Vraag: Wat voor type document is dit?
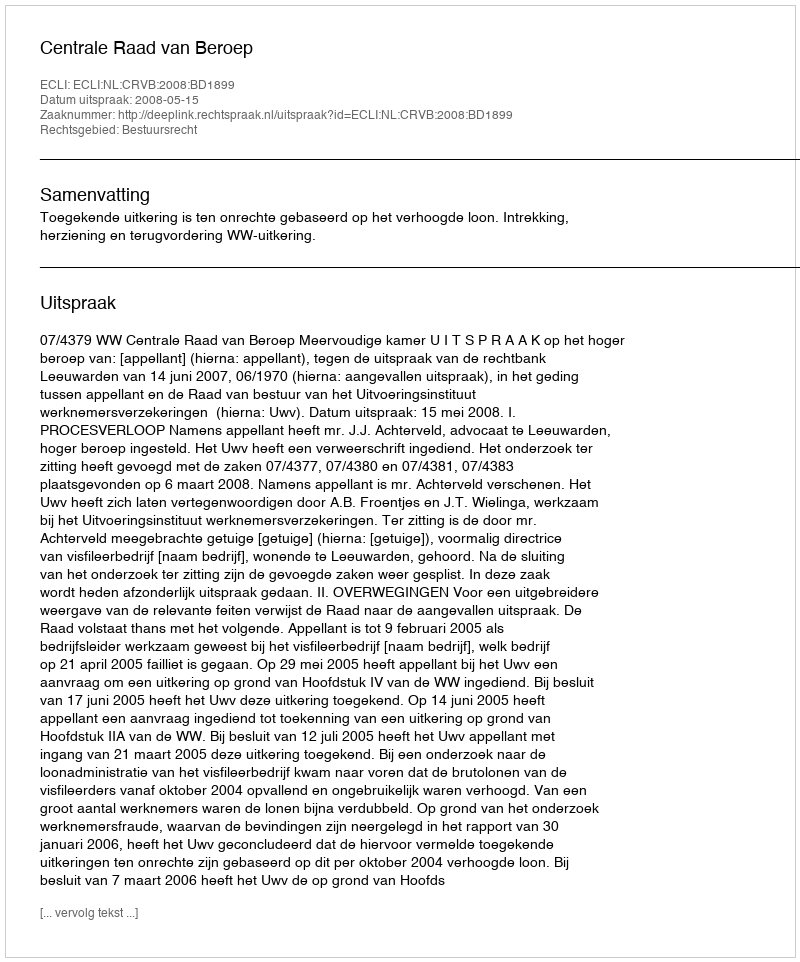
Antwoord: Uitspraak